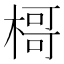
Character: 𣘁